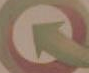
Q